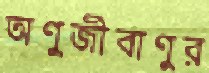
অণুজীবাণুর